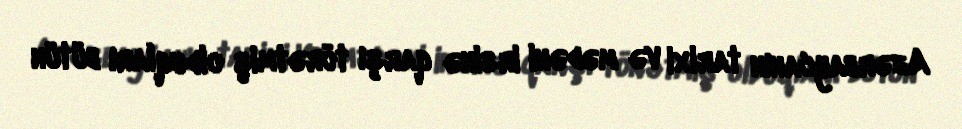
Azərbaycanın tarixi və mədəni irsinə qarşı törətmiş olduqları bütün